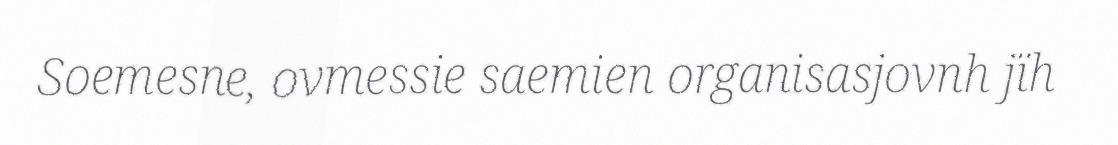
Soemesne, ovmessie saemien organisasjovnh jïh